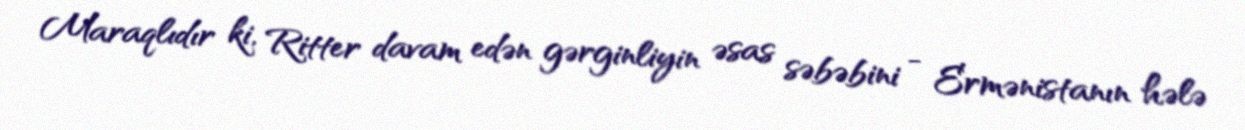
Maraqlıdır ki, Ritter davam edən gərginliyin əsas səbəbini - Ermənistanın hələ